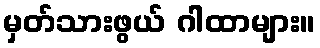
မှတ်သားဖွယ် ဂါထာများ။